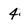
Character: 4